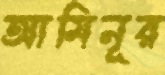
আমিনূর